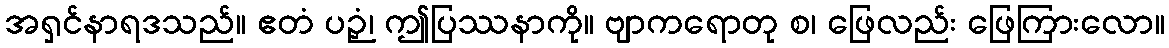
အရှင်နာရဒသည်။ ဧတံ ပဉှံ၊ ဤပြဿနာကို။ ဗျာကရောတု စ၊ ဖြေလည်း ဖြေကြားလော။